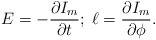
\begin{align*}E=-\frac{\partial I_m}{\partial t};\;\ell = \frac{\partial I_m}{ \partial \phi}.\end{align*}